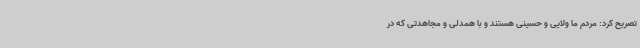
تصریح کرد: مردم ما ولایی و حسینی هستند و با همدلی و مجاهدتی که در